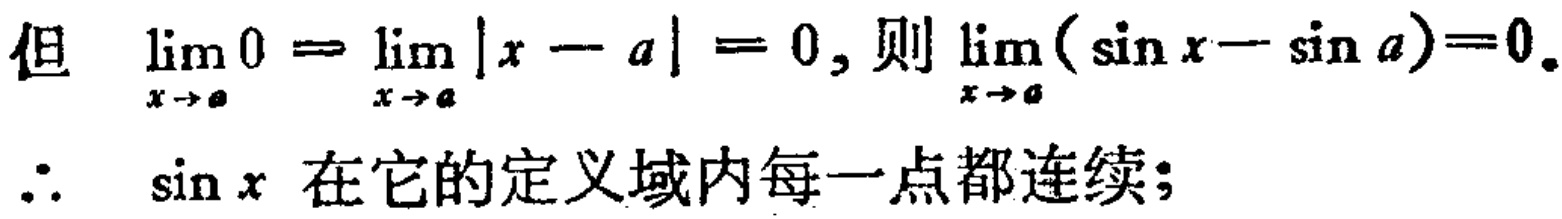
但 $\lim_{x \to a} 0 = \lim_{x \to a} |x - a| = 0$, 则 $\lim_{x \to a} (\sin x - \sin a)=0$.
$\therefore$ $\sin x$ 在它的定义域内每一点都连续；